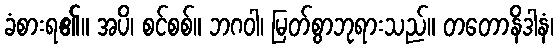
ခံစားရ၏။ အပိ၊ စင်စစ်။ ဘဂဝါ၊ မြတ်စွာဘုရားသည်။ တတောနိဒါနံ၊